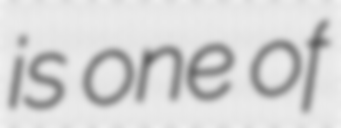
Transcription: is one of